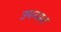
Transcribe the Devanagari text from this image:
उपन्यस्त